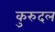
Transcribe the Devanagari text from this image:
कुरुदल